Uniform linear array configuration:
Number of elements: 8
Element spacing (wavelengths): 0.75
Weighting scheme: blackman
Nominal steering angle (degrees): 0
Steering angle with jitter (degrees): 1.23
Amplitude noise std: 0.05
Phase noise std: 0.05

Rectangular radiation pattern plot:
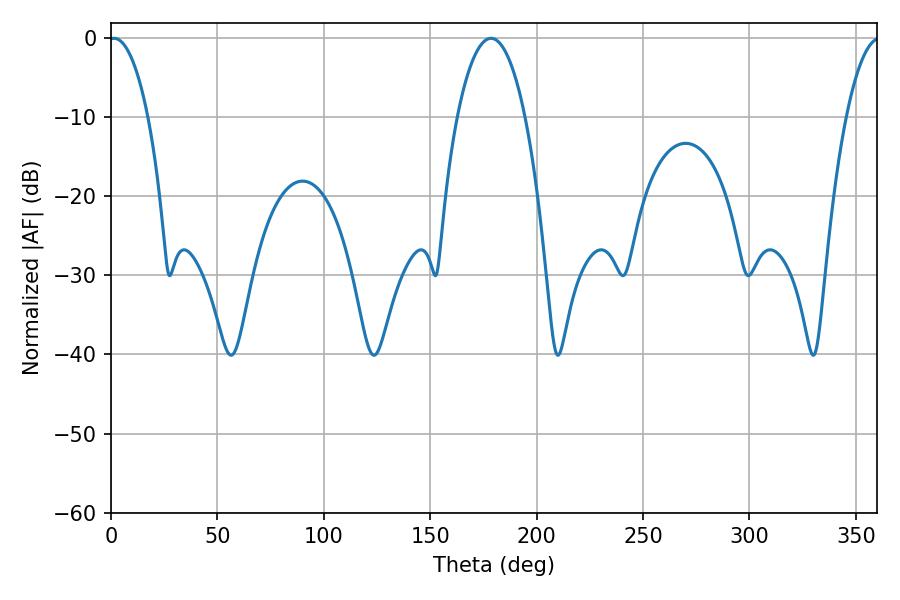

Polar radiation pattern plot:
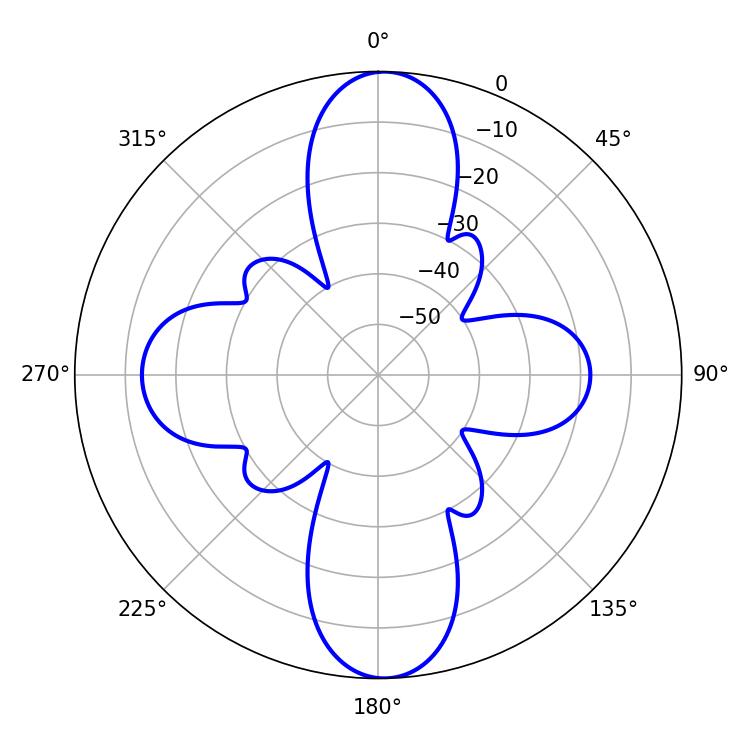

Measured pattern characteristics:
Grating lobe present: TRUE
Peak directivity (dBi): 35.557
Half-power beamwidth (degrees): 10.26
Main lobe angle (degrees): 1.44